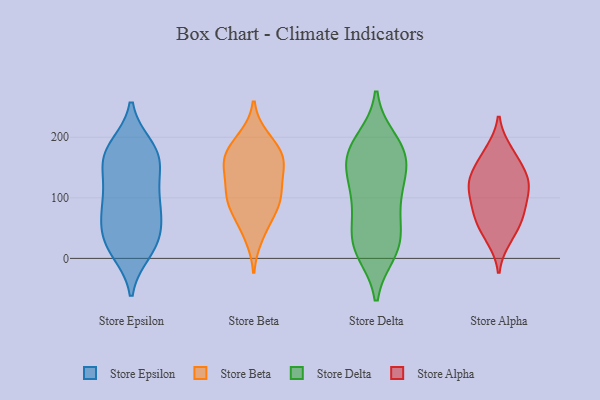
{"axis": {"x": "Customer Acquisition Cost (USD)", "y": "Value"}, "legend": ["Store Alpha", "Store Beta", "Store Delta", "Store Epsilon"], "data": [{"x": "", "y": 185, "type": "Store Epsilon"}, {"x": "", "y": 143, "type": "Store Epsilon"}, {"x": "", "y": 39, "type": "Store Epsilon"}, {"x": "", "y": 27, "type": "Store Epsilon"}, {"x": "", "y": 11, "type": "Store Epsilon"}, {"x": "", "y": 162, "type": "Store Epsilon"}, {"x": "", "y": 16, "type": "Store Epsilon"}, {"x": "", "y": 83, "type": "Store Epsilon"}, {"x": "", "y": 109, "type": "Store Epsilon"}, {"x": "", "y": 19, "type": "Store Epsilon"}, {"x": "", "y": 160, "type": "Store Epsilon"}, {"x": "", "y": 57, "type": "Store Epsilon"}, {"x": "", "y": 168, "type": "Store Epsilon"}, {"x": "", "y": 70, "type": "Store Epsilon"}, {"x": "", "y": 173, "type": "Store Epsilon"}, {"x": "", "y": 107, "type": "Store Epsilon"}, {"x": "", "y": 185, "type": "Store Epsilon"}, {"x": "", "y": 67, "type": "Store Epsilon"}, {"x": "", "y": 106, "type": "Store Epsilon"}, {"x": "", "y": 190, "type": "Store Beta"}, {"x": "", "y": 111, "type": "Store Beta"}, {"x": "", "y": 90, "type": "Store Beta"}, {"x": "", "y": 62, "type": "Store Beta"}, {"x": "", "y": 159, "type": "Store Beta"}, {"x": "", "y": 162, "type": "Store Beta"}, {"x": "", "y": 37, "type": "Store Beta"}, {"x": "", "y": 158, "type": "Store Beta"}, {"x": "", "y": 104, "type": "Store Beta"}, {"x": "", "y": 86, "type": "Store Beta"}, {"x": "", "y": 169, "type": "Store Beta"}, {"x": "", "y": 148, "type": "Store Beta"}, {"x": "", "y": 109, "type": "Store Beta"}, {"x": "", "y": 198, "type": "Store Beta"}, {"x": "", "y": 131, "type": "Store Delta"}, {"x": "", "y": 13, "type": "Store Delta"}, {"x": "", "y": 165, "type": "Store Delta"}, {"x": "", "y": 174, "type": "Store Delta"}, {"x": "", "y": 113, "type": "Store Delta"}, {"x": "", "y": 51, "type": "Store Delta"}, {"x": "", "y": 22, "type": "Store Delta"}, {"x": "", "y": 154, "type": "Store Delta"}, {"x": "", "y": 90, "type": "Store Delta"}, {"x": "", "y": 196, "type": "Store Delta"}, {"x": "", "y": 169, "type": "Store Delta"}, {"x": "", "y": 193, "type": "Store Delta"}, {"x": "", "y": 113, "type": "Store Delta"}, {"x": "", "y": 18, "type": "Store Delta"}, {"x": "", "y": 10, "type": "Store Delta"}, {"x": "", "y": 37, "type": "Store Delta"}, {"x": "", "y": 166, "type": "Store Delta"}, {"x": "", "y": 77, "type": "Store Delta"}, {"x": "", "y": 148, "type": "Store Alpha"}, {"x": "", "y": 109, "type": "Store Alpha"}, {"x": "", "y": 40, "type": "Store Alpha"}, {"x": "", "y": 64, "type": "Store Alpha"}, {"x": "", "y": 79, "type": "Store Alpha"}, {"x": "", "y": 175, "type": "Store Alpha"}, {"x": "", "y": 73, "type": "Store Alpha"}, {"x": "", "y": 75, "type": "Store Alpha"}, {"x": "", "y": 178, "type": "Store Alpha"}, {"x": "", "y": 117, "type": "Store Alpha"}, {"x": "", "y": 130, "type": "Store Alpha"}, {"x": "", "y": 122, "type": "Store Alpha"}, {"x": "", "y": 145, "type": "Store Alpha"}, {"x": "", "y": 32, "type": "Store Alpha"}, {"x": "", "y": 117, "type": "Store Alpha"}]}